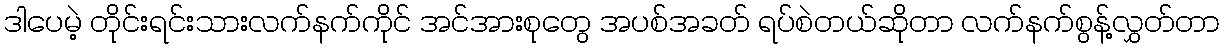
ဒါပေမဲ့ တိုင်းရင်းသားလက်နက်ကိုင် အင်အားစုတွေ အပစ်အခတ် ရပ်စဲတယ်ဆိုတာ လက်နက်စွန့်လွှတ်တာ